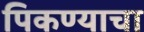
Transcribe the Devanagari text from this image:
पिकण्याचा